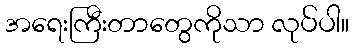
အရေးကြီးတာတွေကိုသာ လုပ်ပါ။